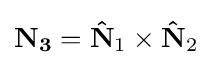
\mathbf {N_{3}} =\mathbf {\hat {N}} _{1}\times \mathbf {\hat {N}} _{2}